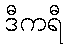
ဒီကရီ